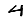
Digit: 4